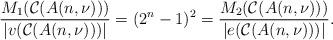
LaTeX: \begin{align*}\dfrac{M_{1}(\mathcal{C}(A(n,\nu)))}{|v(\mathcal{C}(A(n,\nu)))|}=(2^{n}-1)^{2} = \dfrac{M_{2}(\mathcal{C}(A(n,\nu)))}{|e(\mathcal{C}(A(n,\nu)))|}.\end{align*}